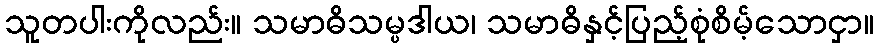
သူတပါးကိုလည်း။ သမာဓိသမ္ပဒါယ၊ သမာဓိနှင့်ပြည့်စုံစိမ့်သောငှာ။